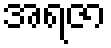
အရဇာ